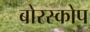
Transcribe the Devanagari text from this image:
बोरस्कोप